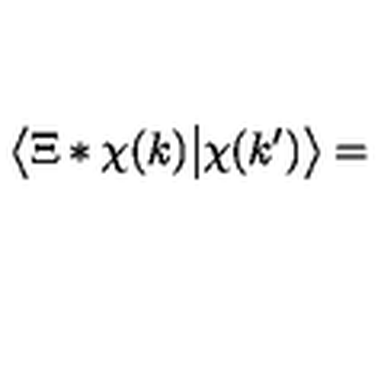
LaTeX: \big \langle \Xi * \chi ( k ) \big | \chi ( k ^ { \prime } ) \big \rangle =